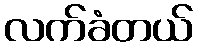
လက်ခံတယ်